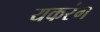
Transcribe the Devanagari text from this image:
यकरंग